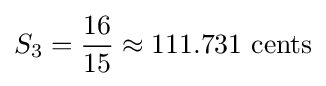
S_{3}={16 \over 15}\approx 111.731\ {\hbox{cents}}